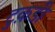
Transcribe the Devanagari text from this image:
टुक़डी